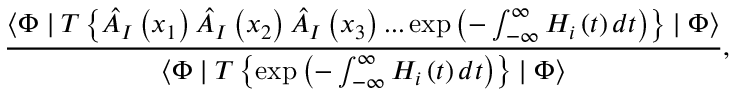
\frac { \langle \Phi \mid T \left\{ \hat { A } _ { I } \left( x _ { 1 } \right) \hat { A } _ { I } \left( x _ { 2 } \right) \hat { A } _ { I } \left( x _ { 3 } \right) . . . \exp \left( - \int _ { - \infty } ^ { \infty } H _ { i } \left( t \right) d t \right) \right\} \mid \Phi \rangle } { \langle \Phi \mid T \left\{ \exp \left( - \int _ { - \infty } ^ { \infty } H _ { i } \left( t \right) d t \right) \right\} \mid \Phi \rangle } ,